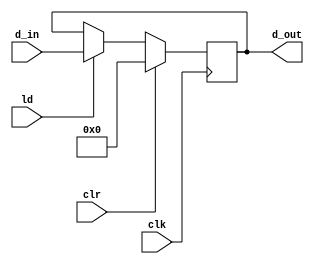
module PIPO2(
  output reg [15:0] d_out,
  input [15:0] d_in,
  input ld,
  input clr,
  input clk
);
  
  always @ (posedge clk) 
    if (clr) d_out <= 0;
    else if (ld) d_out <= d_in;
  
endmodule